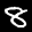
Label: 8